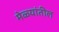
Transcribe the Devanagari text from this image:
मेळ्यांतील